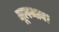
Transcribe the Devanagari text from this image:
मूलभाव।